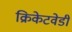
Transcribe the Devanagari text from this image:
क्रिकेटवेडी